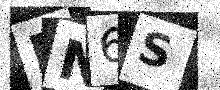
Text: RN6S